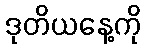
ဒုတိယနေ့ကို